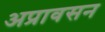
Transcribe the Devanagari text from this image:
अप्रावसन